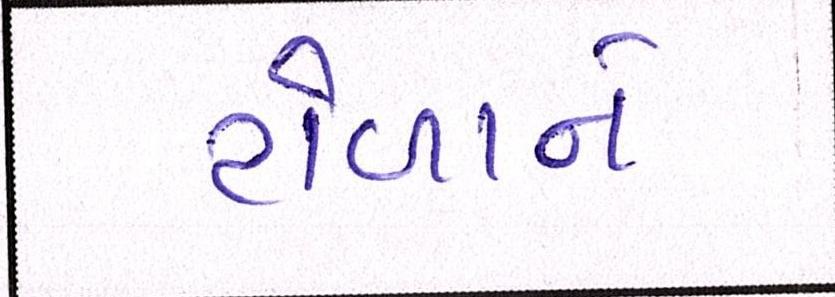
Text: ટોળાને